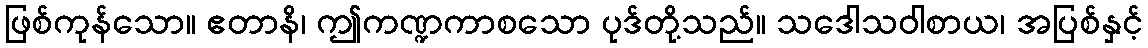
ဖြစ်ကုန်သော။ ဧတာနိ၊ ဤကဏ္ဍကာစသော ပုဒ်တို့သည်။ သဒေါသဝါစာယ၊ အပြစ်နှင့်